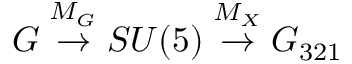
G \stackrel { M _ { G } } { \rightarrow } S U ( 5 ) \stackrel { M _ { X } } { \rightarrow } G _ { 3 2 1 }